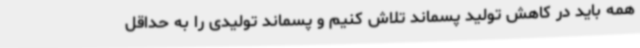
همه باید در کاهش تولید پسماند تلاش کنیم و پسماند تولیدی را به حداقل